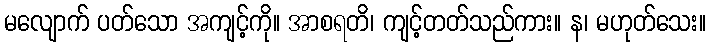
မလျောက် ပတ်သော အကျင့်ကို။ အာစရတိ၊ ကျင့်တတ်သည်ကား။ န၊ မဟုတ်သေး။